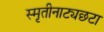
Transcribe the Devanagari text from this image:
स्मृतीनाट्यछटा